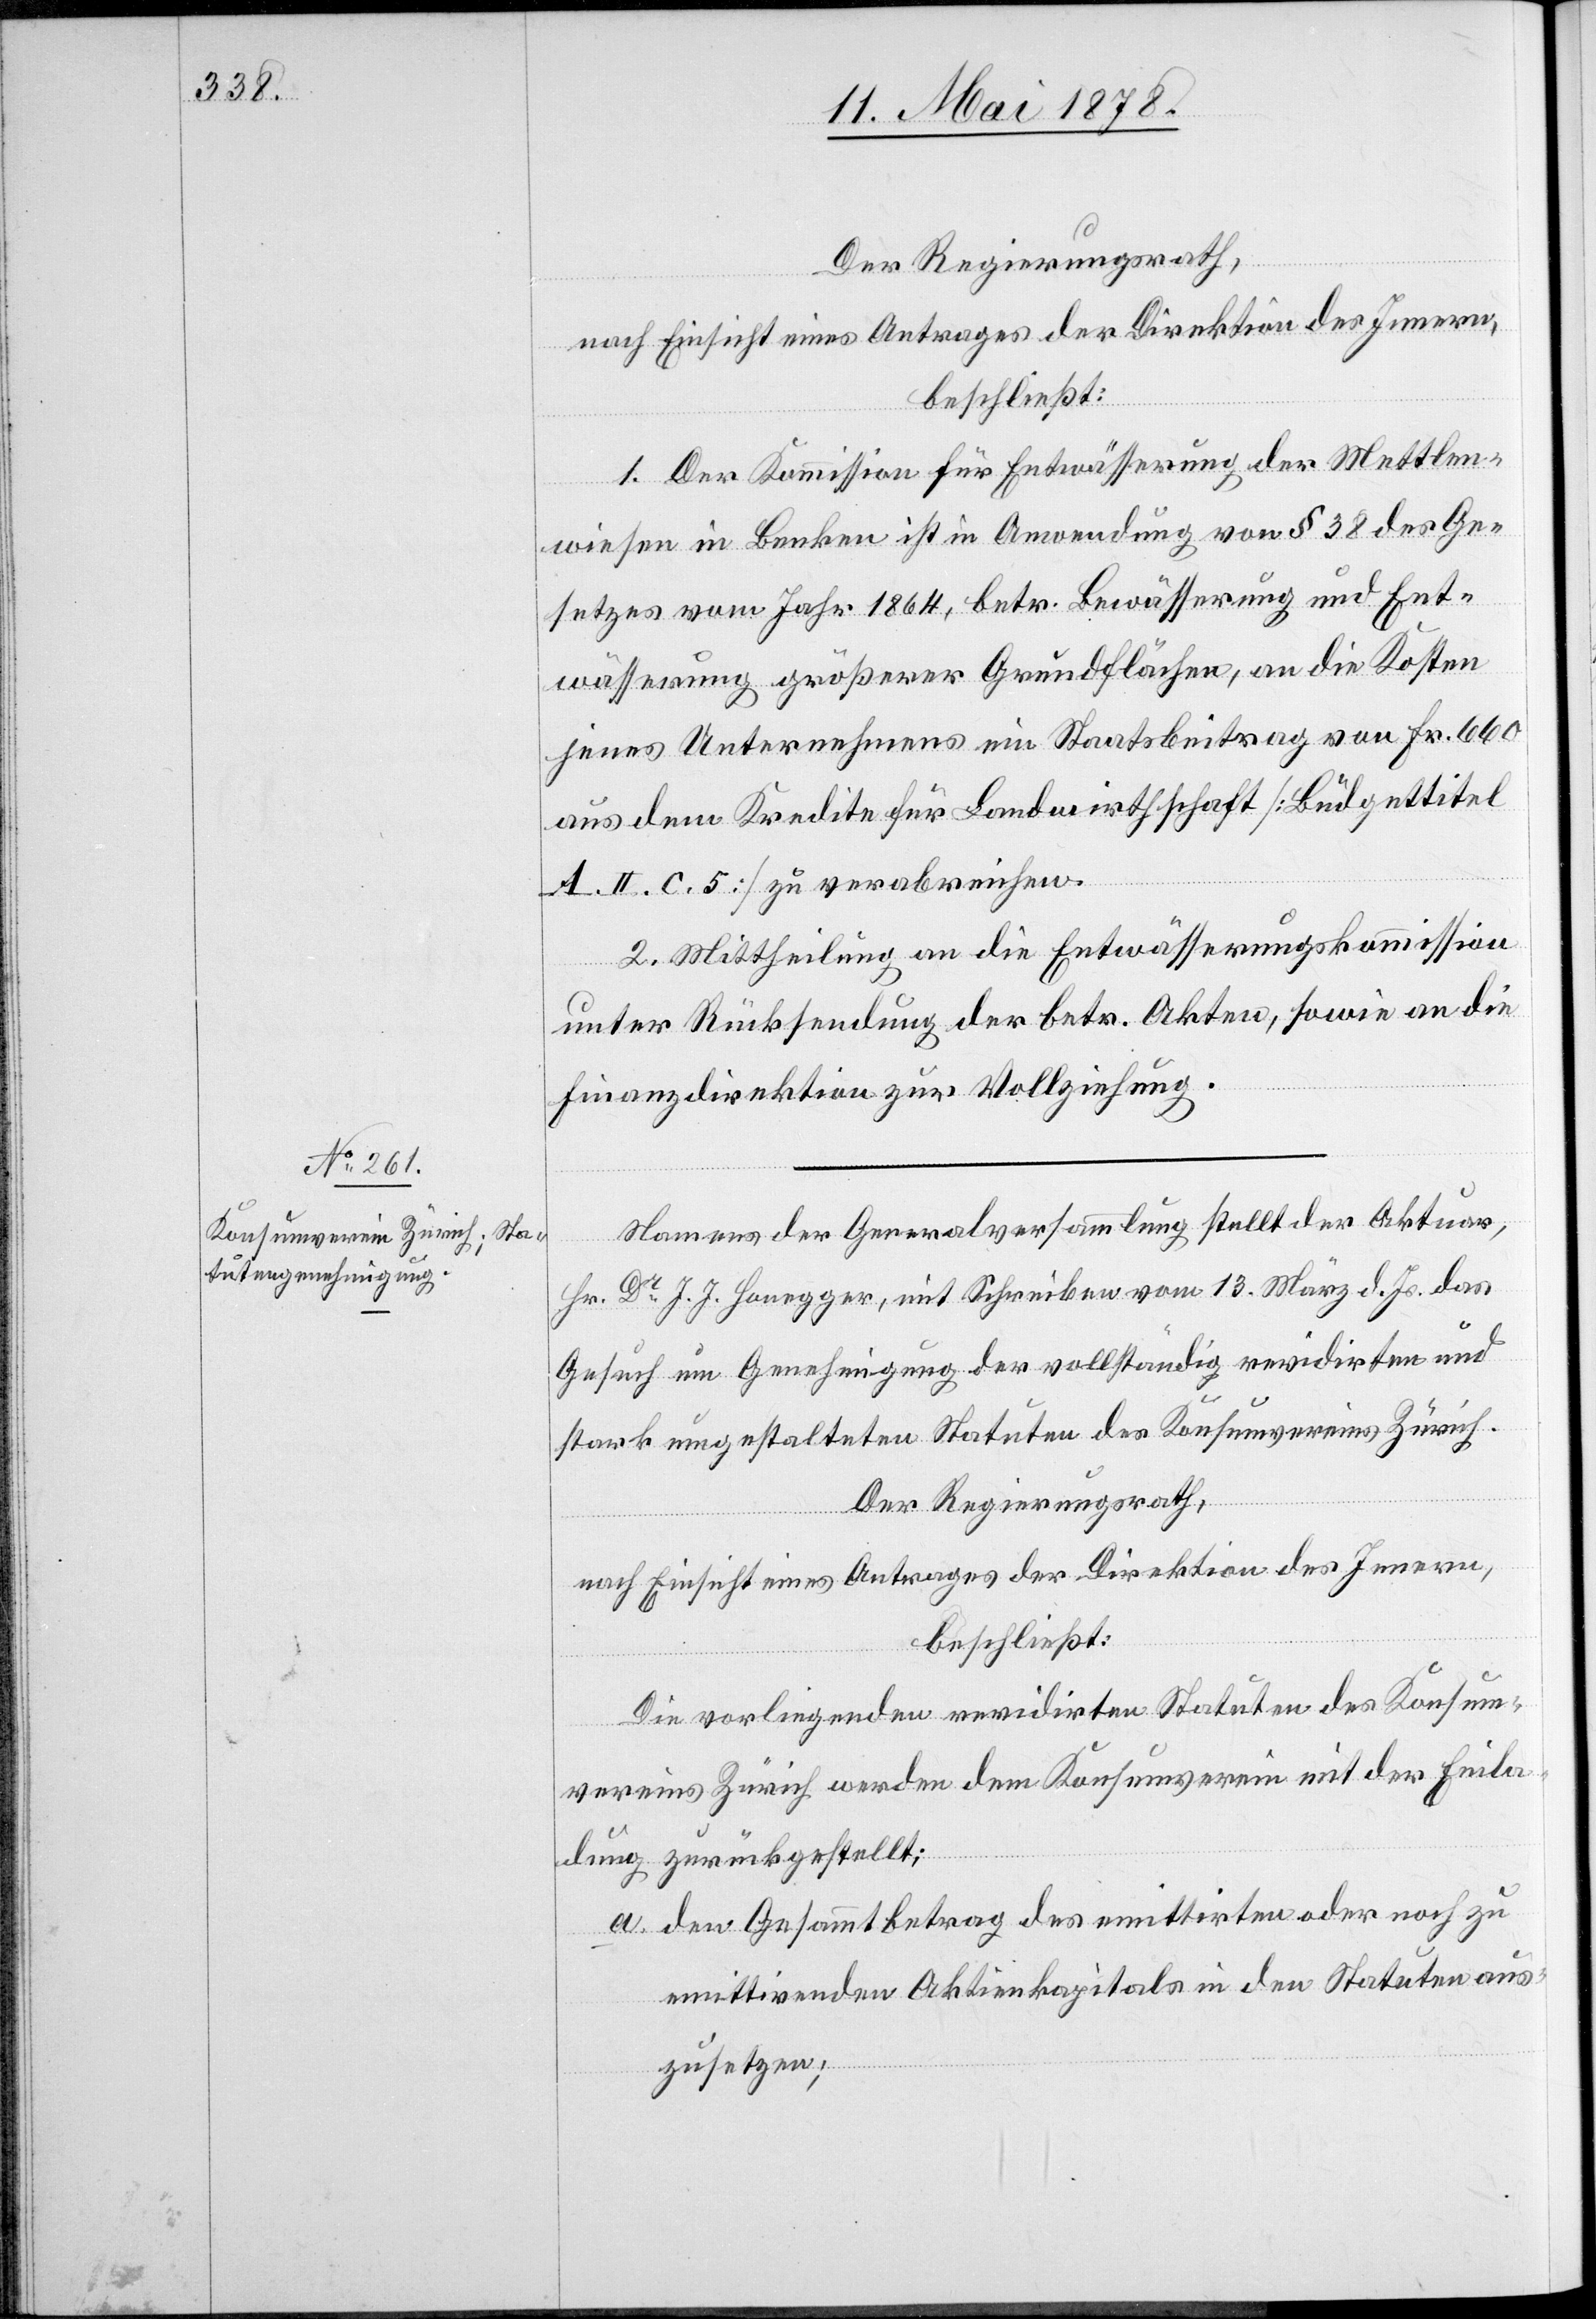
1. Der Kommission für Entwässerung der Mettlen¬
wiesen in Benken ist in Anwendung von § 38 des Ge¬
setzes vom Jahr 1864, betr. Bewässerung und Ent¬
wässerung größerer Grundflächen, an die Kosten
jenes Unternehmens ein Staatsbeitrag von Fr. 660
aus dem Kredite für Landwirtschaft [Büdgettitel
A II. c. 5] zu verabreichen.
2. Mittheilung an die Entwässerungskommission
unter Rücksendung der betr. Akten, sowie an die
Finanzdirektion zur Vollziehung.
Namens der Generalversammlung stellt der Aktuar,
Hr. Dr J. J. Honegger, mit Schreiben vom 13. März d. Js. das
Gesuch um Genehmigung der vollständig revidirten und
stark umgestalteten Statuten des Konsumvereins Zürich.
Der Regierungsrath,
nach Einsicht eines Antrages der Direktion des Innern,
beschließt:
Die vorliegenden revidirten Statuten des Konsum¬
vereins Zürich werden dem Konsumverein mit der Einla¬
dung zurückgestellt:
a. den Gesammtbetrag des emittirten oder noch zu
emittirenden Aktienkapitals in den Statuten aus¬
zusetzen;